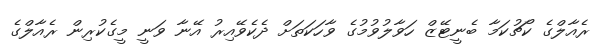
ރެއާލްގެ ކޯޗުކަމާ ބެނީޓޭޒް ހަވާލުވުމުގެ ވާހަކަތަށް ދެކެވޭއިރު އޭނާ ވަނީ މީގެކުރިން ރެއާލްގެ